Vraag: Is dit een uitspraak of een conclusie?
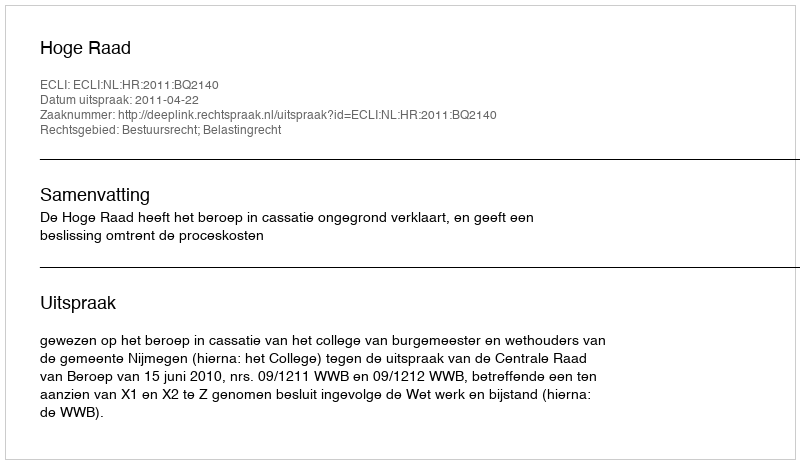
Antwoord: Uitspraak